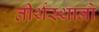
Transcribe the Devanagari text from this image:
तीर्थस्थानो